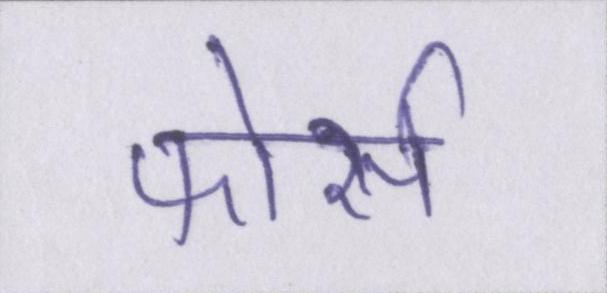
फोर्स